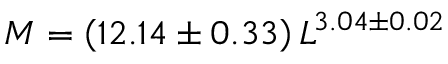
M = \left( 1 2 . 1 4 \pm 0 . 3 3 \right) L ^ { 3 . 0 4 \pm 0 . 0 2 }